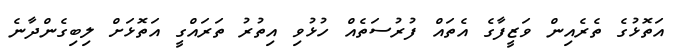
އަތޮޅުގެ ތެރެއިން ވަޒީފާގެ އެތައް ފުރުސަތެއް ހުޅުވި އިތުރު ތަރައްގީ އަތޮޅަށް ލިބިގެންދާނެ